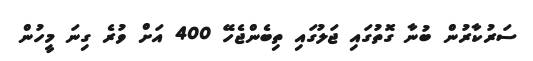
ސަރުކާރުން ބުނާ ގޮތުގައި ޖަލުގައި ތިބެންޖެހޭ 400 އަށް ވުރެ ގިނަ މީހުން